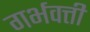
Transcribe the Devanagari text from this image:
गर्भवत्ती